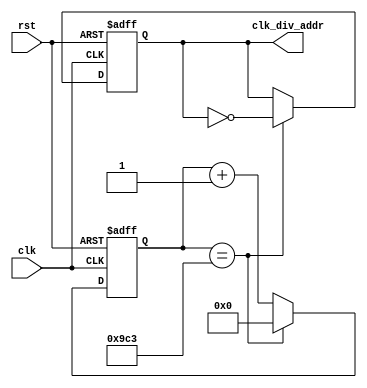
module fre_div 
#(
    parameter CLK_DIV_ADDR = 25'd2500
)(
    input clk,
    rst,
    output reg clk_div_addr 
);

    reg [24:0] clk_div;
    always @(posedge clk, posedge rst) begin
        if (rst) begin
            clk_div <= 25'd0;
            clk_div_addr <= 1'b0;
        end else begin
            if (clk_div == CLK_DIV_ADDR - 1) begin
                clk_div <= 25'd0;
                clk_div_addr = ~clk_div_addr;
            end else begin
                clk_div <= clk_div + 1'b1;
            end
        end
    end
endmodule